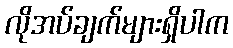
လိုအပ်ချက်များရှိပါက